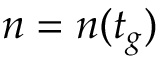
n = n ( t _ { g } )